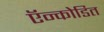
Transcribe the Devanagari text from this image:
ऍन्कोडित